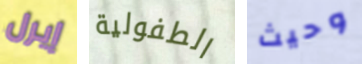
إيرل الطفولية وحيث